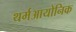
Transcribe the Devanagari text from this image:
थर्मआयोनिक